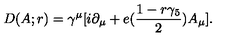
D ( A ; r ) = \gamma ^ { \mu } [ i \partial _ { \mu } + e ( { \frac { 1 - r \gamma _ { 5 } } { 2 } } ) A _ { \mu } ] .